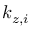
k _ { z , i }